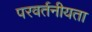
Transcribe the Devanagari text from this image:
परवर्तनीयता